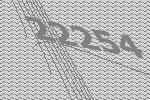
22254